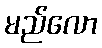
မည်လော